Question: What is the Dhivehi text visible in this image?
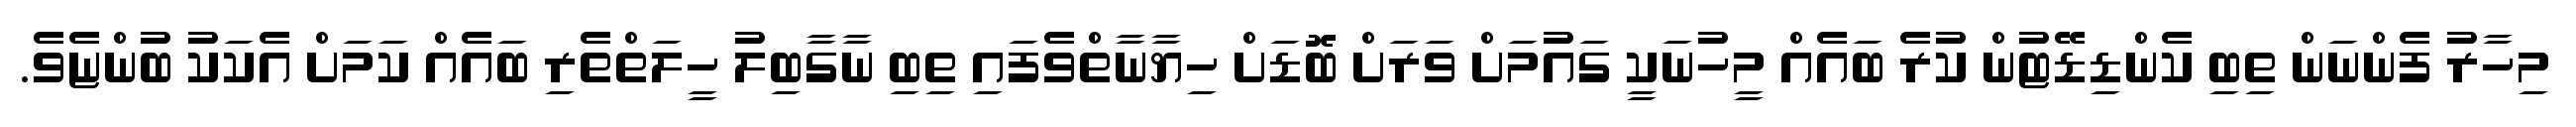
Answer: މިހާރު ފެންނަން ތިބި ކެންޑިޑޭޓުން ކުރެ ބައެއް މީހުނަކީ ގައުމަށް ވަރަށް ބޮޑަށް ހިޔާނާތްވެފައި ތިބި ނާގާބިލު ހީލަތްތެރި ބައެއް ކަމަށް އެކަކު ބުންޏެވެ.